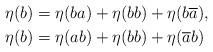
LaTeX: \begin{align*} \eta(b) & =\eta(ba)+\eta(bb)+\eta(b\overline{a}), \\ \eta(b) & = \eta(ab)+\eta(bb)+\eta(\overline{a}b) \end{align*}